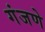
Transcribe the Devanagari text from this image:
गंजणे